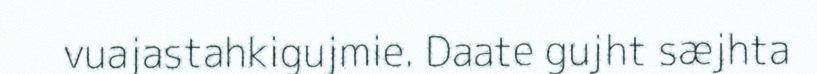
vuajastahkigujmie. Daate gujht sæjhta